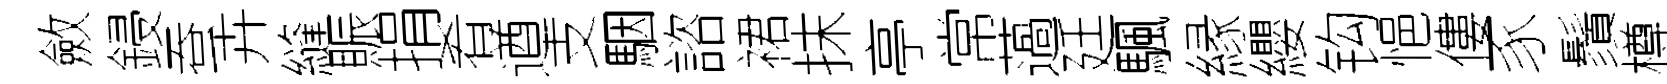
斂鋟蚕卉縫賑捐肴遒支駰諮裙抹亭常薖廷颿縁纓钩悒僂豕鬚樽